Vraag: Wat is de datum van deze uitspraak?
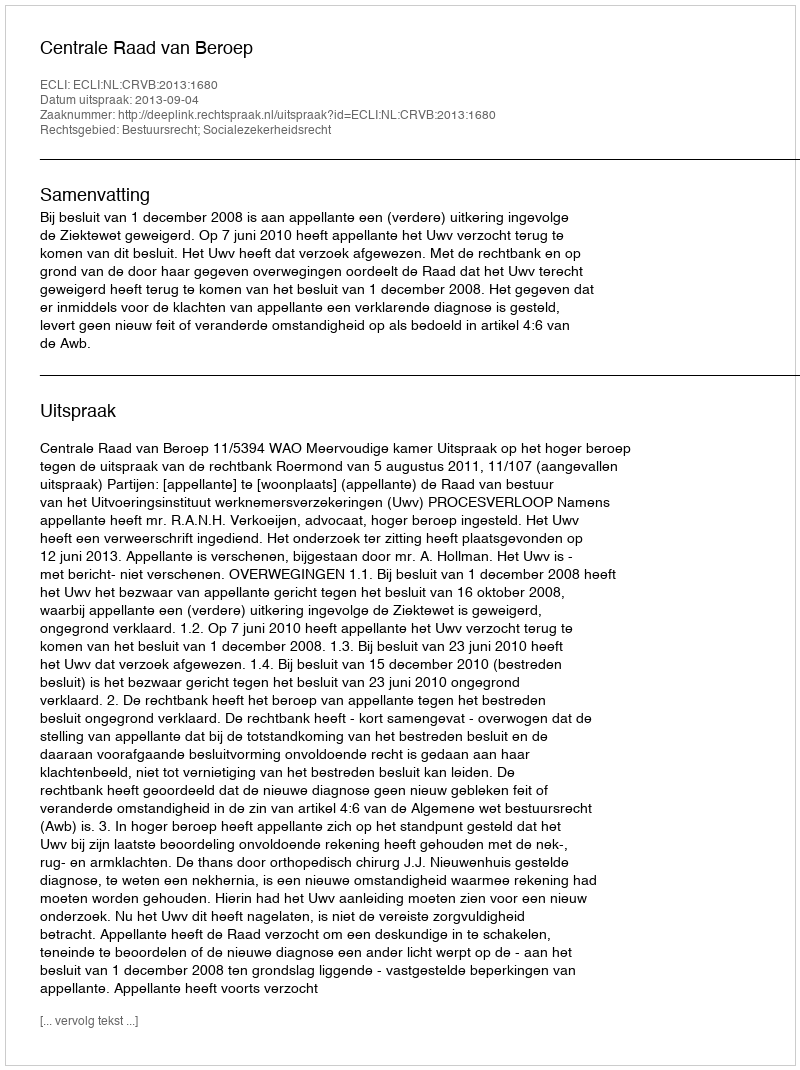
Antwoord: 2013-09-04